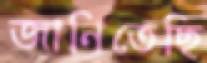
জানিতেছি